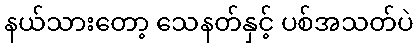
နယ်သားတော့ သေနတ်နှင့် ပစ်အသတ်ပဲ